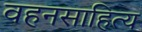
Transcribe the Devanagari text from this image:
वहनसाहित्य